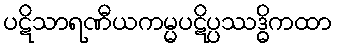
ပဋိသာရဏီယကမ္မပဋိပ္ပဿဒ္ဓိကထာ